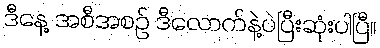
ဒီနေ့ အစီအစဉ် ဒီလောက်နဲ့ပဲပြီးဆုံးပါပြီ။